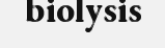
biolysis